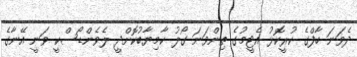
ދެވަނަ ހާފްގެ ކުރީކޮޅު އެޓީމުގެ ތިންވަނަ ގޯލު ކާމިޔާބުކޮށްދީ ލެވެންޑޯސްކީ ވަނީ އޭނާގެ